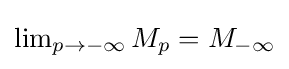
{\textstyle \lim _{p\to -\infty }M_{p}=M_{-\infty }}